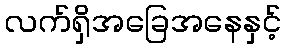
လက်ရှိအခြေအနေနှင့်